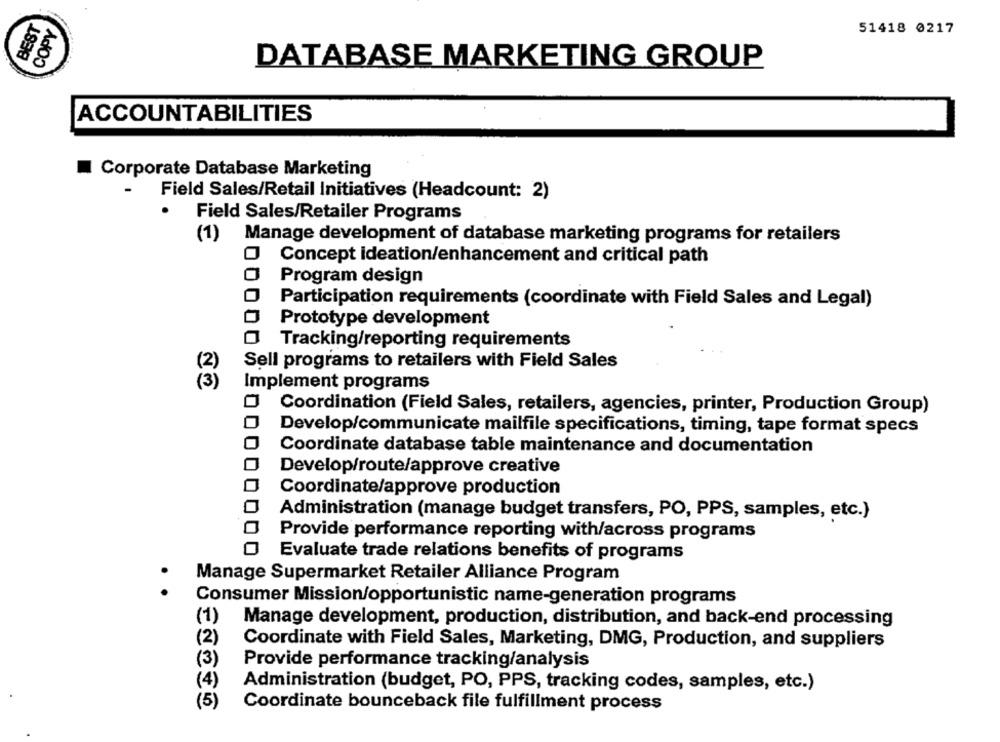
BEST
COPY
51418 0217
DATABASE MARKETING GROUP
ACCOUNTABILITIES
Corporate Database Marketing
Field Sales/Retail Initiatives (Headcount: 2)
Field Sales/Retailer Programs
(1) Manage development of database marketing programs for retailers
Concept ideation/enhancement and critical path
Program design
Participation requirements (coordinate with Field Sales and Legal)
Prototype development
Tracking/reporting requirements
Sell programs to retailers with Field Sales
Implement programs
Coordination (Field Sales, retailers, agencies, printer, Production Group)
Develop/communicate mailfile specifications, timing, tape format specs
Coordinate database table maintenance and documentation
Develop/route/approve creative
Coordinate/approve production
Administration (manage budget transfers, PO, PPS, samples, etc.)
Provide performance reporting with/across programs
Evaluate trade relations benefits of programs
Manage Supermarket Retailer Alliance Program
..
Consumer Mission/opportunistic name-generation programs
(1)
Manage development, production, distribution, and back-end processing
(2)
Coordinate with Field Sales, Marketing, DMG, Production, and suppliers
(3)
Provide performance tracking/analysis
(4)
Administration (budget, PO, PPS, tracking codes, samples, etc.)
(5)
Coordinate bounceback file fulfillment process